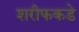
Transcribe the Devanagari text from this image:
शरीफकडे